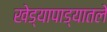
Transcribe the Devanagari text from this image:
खेड्यापाड्यातले